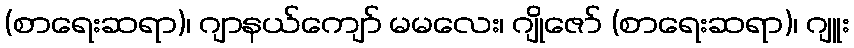
(စာရေးဆရာ)၊ ဂျာနယ်ကျော် မမလေး၊ ဂျိုဇော် (စာရေးဆရာ)၊ ဂျူး